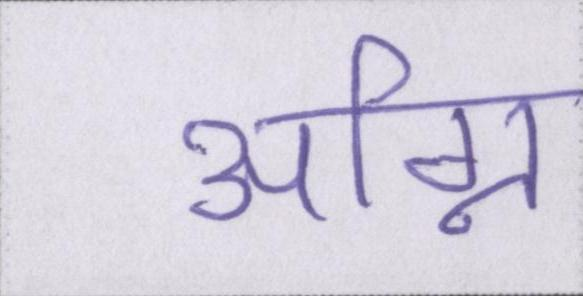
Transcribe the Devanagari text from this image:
अग्नि